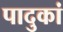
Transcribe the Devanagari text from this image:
पादुकां